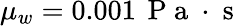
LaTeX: \mu_{w}=0.001\, \mathrm{~P~a~}\cdot\mathrm{~s~}